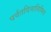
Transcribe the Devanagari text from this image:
पर्वतदिनानिमित्त